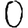
Digit: 0